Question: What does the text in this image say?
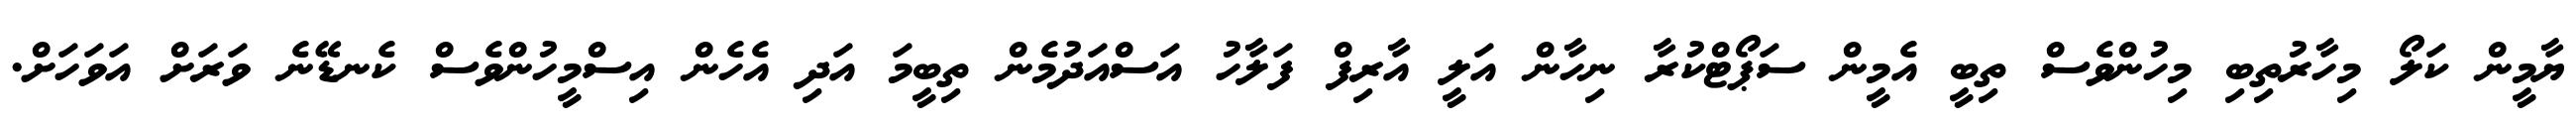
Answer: ޔާމީން ކަލޯ މިހާރުތިބި މިހުންވެސް ތިބީ އެމީން ސަޕޯޓްކުރާ ނިހާން އަލީ އާރިފް ފަލާހު އަސްއަދުމެން ތިބީމަ އަދި އެހެން އިސްމީހުންވެސް ކެނޑޭނެ ވަރަށް އަވަހަށް.